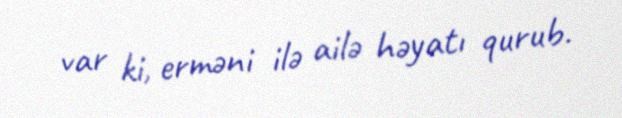
var ki, erməni ilə ailə həyatı qurub.